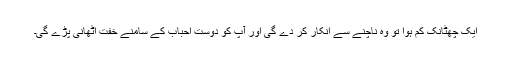
ایک چھٹانک کم ہوا تو وہ ناچنے سے انکار کر دے گی اور آپ کو دوست احباب کے سامنے خفت اٹھانی پڑے گی۔